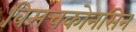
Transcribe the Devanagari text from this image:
विसचकोनसिन